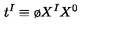
t ^ { I } \equiv { \o { X ^ { I } } { X ^ { 0 } } }